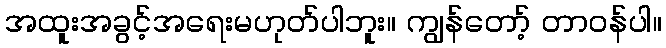
အထူးအခွင့်အရေးမဟုတ်ပါဘူး။ ကျွန်တော့် တာဝန်ပါ။